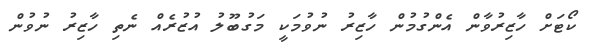
ކޯޓަށް ހާޒިރުވާން އެންގުމުން ހާޒިރު ނުވުމަކީ މަގުބޫލު އުޒުރެއް ނެތި ހާޒިރު ނުވުން